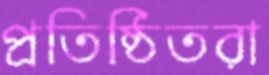
প্রতিষ্ঠিতরা